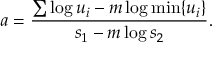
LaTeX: a = { \frac { \sum \log u _ { i } - m \log \operatorname* { m i n } \{ u _ { i } \} } { s _ { 1 } - m \log s _ { 2 } } } .